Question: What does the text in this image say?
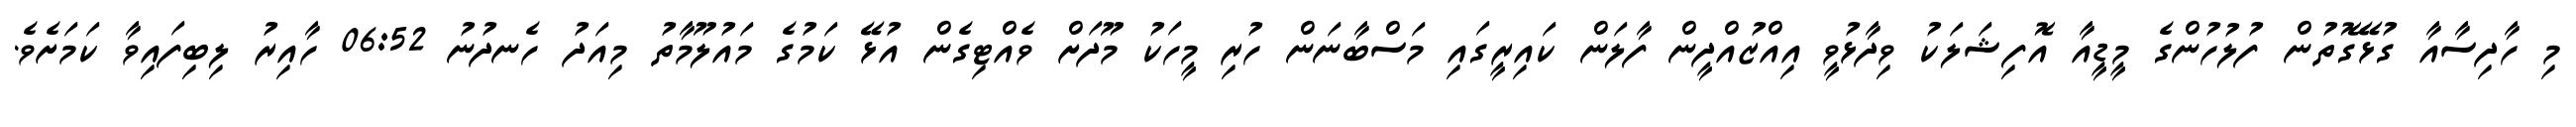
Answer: މި ހާދިސާއާ ގުޅޭގޮތުން ފުލުހުންގެ މީޑީއާ އޮފިޝަލަކު ވިދާޅުވީ އިއްޒުއްދީން ފާލަން ކައިރީގައި މަސްބާނަން ހުރި މީހަކު މޫދަށް ވެއްޓިގެން އުޅޭ ކަމުގެ މައުލޫމާތު މިއަދު ހެނދުނު 06:52 ހާއިރު ލިބިފައިވާ ކަމަށެވެ.